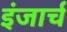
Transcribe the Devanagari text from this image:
इंजार्च